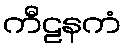
ကီဠနကံ